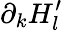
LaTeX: \partial_{k}H_{l}^{\prime}